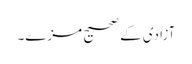
آزادی کے صحیح مزے۔